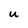
Character: u